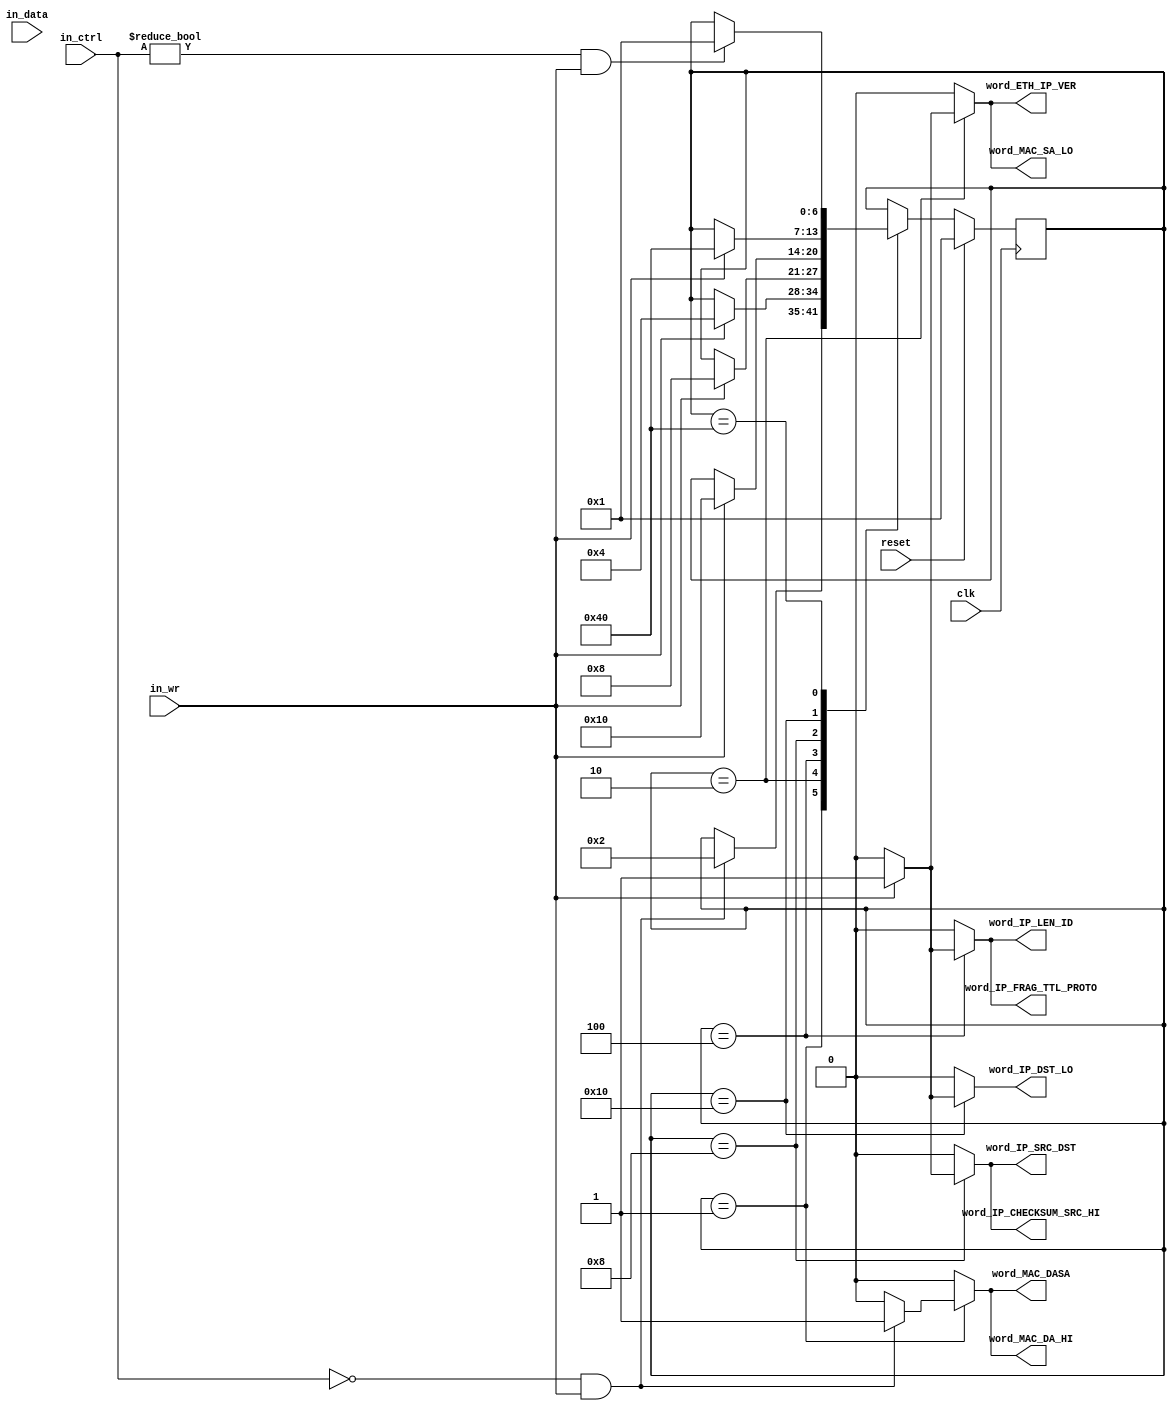
// ============================================================================
// Copyright (c) 2010  
// ============================================================================
//
// Permission:
//
//   
//
// Disclaimer:
//
//   This VHDL/Verilog or C/C++ source code is intended as a design reference
//   which illustrates how these types of functions can be implemented.
//   It is the user's responsibility to verify their design for
//   consistency and functionality through the use of formal
//   verification methods.  
// ============================================================================
//           
//                     ReConfigurable Computing Group
//
//                     web: http://www.ecs.umass.edu/ece/tessier/rcg/
//                    
//
// ============================================================================
// Major Functions/Design Description:
//
//   
//
// ============================================================================
// Revision History:
// ============================================================================
//   Ver.: |Author:   |Mod. Date:    |Changes Made:
//   V1.0  |RCG       |05/10/2011    |
// ============================================================================
//include "NF_2.1_defines.v"
//include "registers.v"
//include "reg_defines_reference_router.v"

  module preprocess_control
    #(parameter DATA_WIDTH = 64,
      parameter CTRL_WIDTH = DATA_WIDTH/8
      )
   (// --- Interface to the previous stage
    input  [DATA_WIDTH-1:0]            in_data,
    input  [CTRL_WIDTH-1:0]            in_ctrl,
    input                              in_wr,

    // --- Interface to other preprocess blocks
    output reg                         word_MAC_DA_HI,
    output reg                         word_MAC_DASA,
    output reg                         word_MAC_SA_LO,
    output reg                         word_ETH_IP_VER,
    output reg                         word_IP_LEN_ID,
    output reg                         word_IP_FRAG_TTL_PROTO,
    output reg                         word_IP_CHECKSUM_SRC_HI,
    output reg                         word_IP_SRC_DST,
    output reg                         word_IP_DST_LO,

    // --- Misc
    
    input                              reset,
    input                              clk
   );

   function integer log2;
      input integer number;
      begin
         log2=0;
         while(2**log2<number) begin
            log2=log2+1;
         end
      end
   endfunction // log2
   
   //------------------ Internal Parameter ---------------------------
   
   localparam SKIP_MODULE_HDRS = 1;
   localparam WORD_1           = 2;
   localparam WORD_2           = 4;
   localparam WORD_3           = 8;
   localparam WORD_4           = 16;
   localparam WORD_5           = 32;
   localparam WAIT_EOP         = 64;

   //---------------------- Wires/Regs -------------------------------
   reg [6:0]                            state, state_next;
       
   //------------------------ Logic ----------------------------------

   always @(*) begin
      state_next = state;
      word_MAC_DA_HI = 0;
      word_MAC_DASA  = 0;
      word_MAC_SA_LO = 0;
      word_ETH_IP_VER = 0;
      word_IP_LEN_ID = 0;
      word_IP_FRAG_TTL_PROTO = 0;
      word_IP_CHECKSUM_SRC_HI = 0;
      word_IP_SRC_DST = 0;
      word_IP_DST_LO = 0;
      
      case(state)
        SKIP_MODULE_HDRS: begin
           if(in_ctrl==0 && in_wr) begin
              word_MAC_DA_HI = 1;
              word_MAC_DASA  = 1;
              state_next     = WORD_1;
           end
        end

        WORD_1: begin
           if(in_wr) begin
              word_MAC_SA_LO = 1;
              word_ETH_IP_VER = 1;
              state_next = WORD_2;
           end
        end

        WORD_2: begin
           if(in_wr) begin
              word_IP_LEN_ID = 1;
              word_IP_FRAG_TTL_PROTO = 1;
              state_next = WORD_3;
           end
        end

        WORD_3: begin
           if(in_wr) begin
              word_IP_CHECKSUM_SRC_HI = 1;
              word_IP_SRC_DST = 1;
              state_next = WORD_4;
           end
        end

        WORD_4: begin
           if(in_wr) begin
              word_IP_DST_LO = 1;
              state_next = WAIT_EOP;
           end
        end

        WAIT_EOP: begin
           if(in_ctrl!=0 & in_wr) begin
              state_next = SKIP_MODULE_HDRS;
           end
        end
      endcase // case(state)
   end // always @ (*)
   
   always@(posedge clk) begin
      if(reset) begin
         state <= SKIP_MODULE_HDRS;
      end
      else begin
         state <= state_next;
      end
   end

endmodule